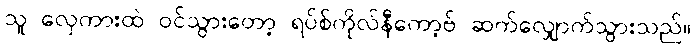
သူ လှေကားထဲ ဝင်သွားတော့ ရပ်စ်ကိုလ်နီကော့ဗ် ဆက်လျှောက်သွားသည်။